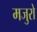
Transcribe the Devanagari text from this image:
मजुरो